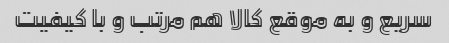
سریع و به موقع کالا هم مرتب و با کیفیت